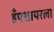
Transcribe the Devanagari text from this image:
हँपशायरला